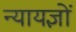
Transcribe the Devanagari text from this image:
न्यायज्ञों